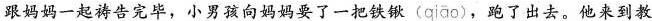
跟妈妈一起祷告完毕，小男孩向妈妈要了一把铁锹( qiāo )，跑了出去。他来到教